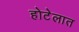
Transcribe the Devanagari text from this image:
होटेलात